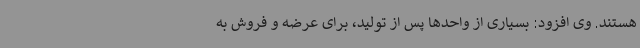
هستند. وی افزود: بسیاری از واحدها پس از تولید، برای عرضه و فروش به